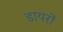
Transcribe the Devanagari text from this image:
डायरों